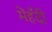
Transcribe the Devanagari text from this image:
मेंहँदी